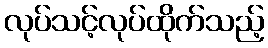
လုပ်သင့်လုပ်ထိုက်သည့်